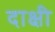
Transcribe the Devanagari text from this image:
दाक्षी